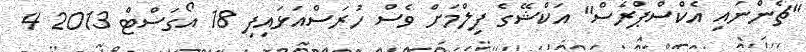
"ޗެންނައި އެކްސްޕްރެސް" އަކްޝޭގެ ފިލްމަށް ވެސް ހުރަސްއަޅައިފި 18 އޯގަސްޓް 2013 4